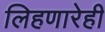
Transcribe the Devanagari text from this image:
लिहणारेही